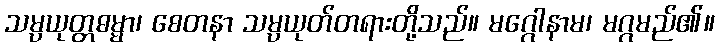
သမ္ပယုတ္တဓမ္မာ၊ စေတနာ သမ္ပယုတ်တရားတို့သည်။ မဂ္ဂေါနာမ၊ မဂ္ဂမည်၏။